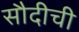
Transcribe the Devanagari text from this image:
सौदीची